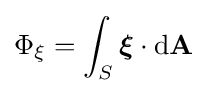
\Phi _{\xi }=\int _{S}{\boldsymbol {\xi }}\cdot \mathrm {d} \mathbf {A} \,\!